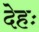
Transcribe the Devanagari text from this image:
देहः